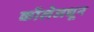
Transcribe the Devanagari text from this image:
कॉलेजधून